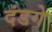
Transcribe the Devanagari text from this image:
दंडगे